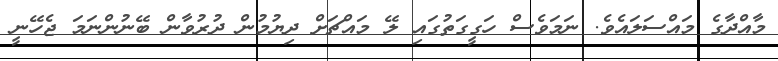
މާއްދާގެ މައްސަލައެވެ. ނަމަވެސް ހަގީގަތުގައި ލޭ މައްޗަށް ދިޔުމުން ދުރުވާން ބޭނުންނަމަ ޖެހޭނީ